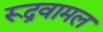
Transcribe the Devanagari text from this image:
रूद्रवामल